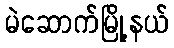
မဲဆောက်မြို့နယ်